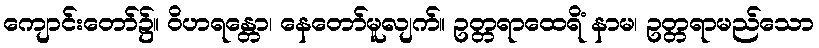
ကျောင်းတော်၌။ ဝိဟရန္တော၊ နေတော်မူလျက်။ ဥတ္တရာထေရိံ နာမ၊ ဥတ္တရာမည်သော